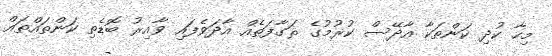
މިހާ ކުދި ކަންތަކާ އާދޭސް ކުރުމުގެ ޘަގާފަތެއް އާދަވެފައި ވާއިރު ބޮޑެތި ކަންތައްތައް